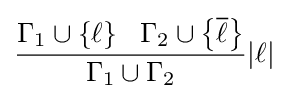
{\frac {\Gamma _{1}\cup \left\{\ell \right\}\,\,\,\,\Gamma _{2}\cup \left\{{\overline {\ell }}\right\}}{\Gamma _{1}\cup \Gamma _{2}}}|\ell |